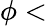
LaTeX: \phi<